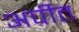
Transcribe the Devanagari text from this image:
अर्पीत